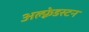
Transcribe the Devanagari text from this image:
अल्फ़्रेडस्टन